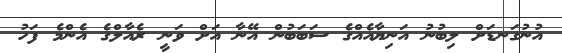
އުނުގަނޑަށް ލިބުނު އަނިޔާއެއްގެ ސަބަބުން އޭނާ އަށް ވަނީ ރެއާލްގެ އެންމެ ފަހު